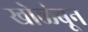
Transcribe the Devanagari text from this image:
खोळंबून